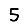
Digit: 5